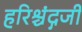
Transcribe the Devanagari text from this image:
हरिश्चंद्गजी